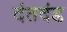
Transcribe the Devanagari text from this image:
दंतदंड